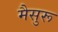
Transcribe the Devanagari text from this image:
मैसुरू